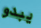
يبدو